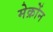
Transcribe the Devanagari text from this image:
मेक्रोंन